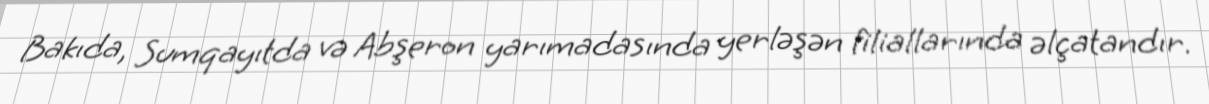
Bakıda, Sumqayıtda və Abşeron yarımadasında yerləşən filiallarında əlçatandır.